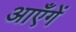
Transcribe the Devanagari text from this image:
आएँगें